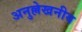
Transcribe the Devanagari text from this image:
अनुल्लेखनीय